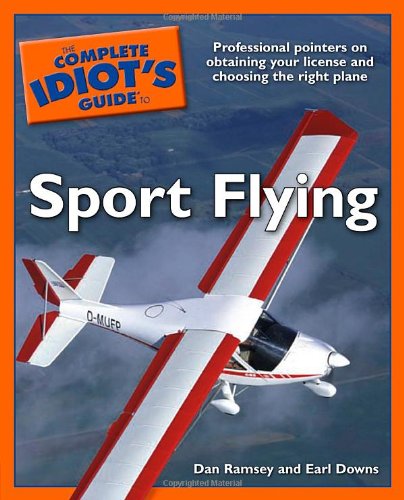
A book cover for The Complete Idiot's Guide to Sport Flying; Dan Ramsey; Sports & Outdoors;